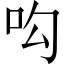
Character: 𠯜